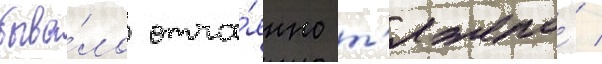
быва́ло отча́янно т'яжело́ /